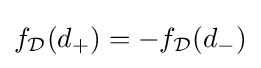
f_{\mathcal {D}}(d_{+})=-f_{\mathcal {D}}(d_{-})